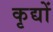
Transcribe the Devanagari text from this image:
कृद्यों